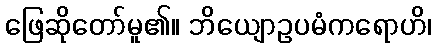
ဖြေဆိုတော်မူ၏။ ဘိယျောဥပမံကရောဟိ၊